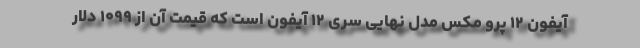
آیفون ۱۲ پرو مکس مدل نهایی سری ۱۲ آیفون است که قیمت آن از ۱۰۹۹ دلار